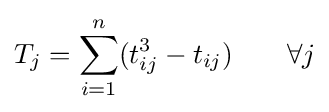
T_{j}=\sum _{i=1}^{n}(t_{ij}^{3}-t_{ij})\;\;\;\;\;\;\;\forall j